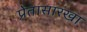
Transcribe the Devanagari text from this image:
प्रेतासारखा